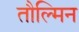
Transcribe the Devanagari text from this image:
तौल्मिन